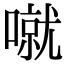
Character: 噈